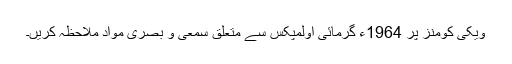
ویکی کومنز پر 1964ء گرمائی اولمپکس سے متعلق سمعی و بصری مواد ملاحظہ کریں۔